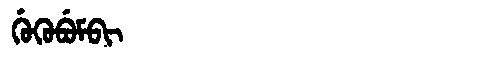
Manchu: ᡤᡠᡴᡠᠪᡠᠮᠪᡳ
Romanization: GUKUBUMBI